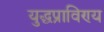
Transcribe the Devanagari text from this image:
युद्धप्राविण्य